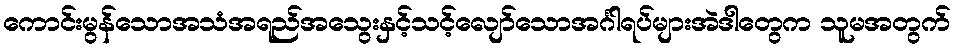
ကောင်းမွန်သောအသံအရည်အသွေးနှင့်သင့်လျော်သောအင်္ဂါရပ်များအဲဒါတွေက သူမအတွက်